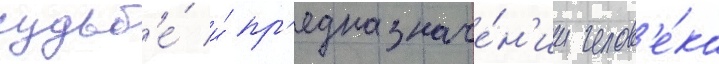
судьб'е́ и́ пр'едназначе́н'ии челов'е́ка